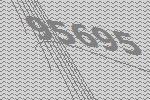
95695